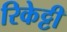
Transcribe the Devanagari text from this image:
रिकेट्टी